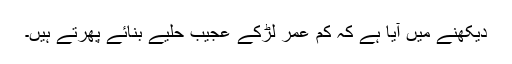
دیکھنے میں آیا ہے کہ کم عمر لڑکے عجیب حلیے بنائے پھرتے ہیں۔